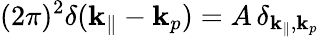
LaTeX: (2\pi)^{2}\delta({\mathbf k}_{\parallel}-{\mathbf k}_{p})=A\, \delta_{{\mathbf k}_{\parallel},{\mathbf k}_{p}}